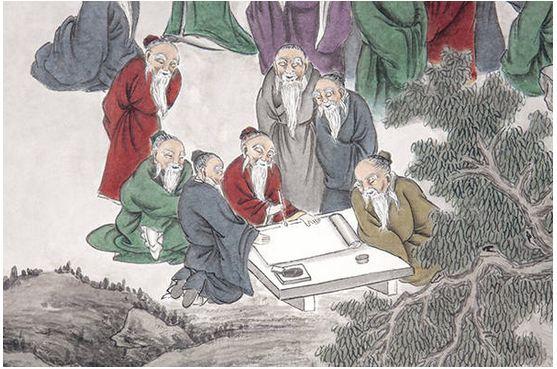
学如不及，犹恐失之。